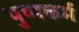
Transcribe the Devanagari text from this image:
पुष्पकर्म